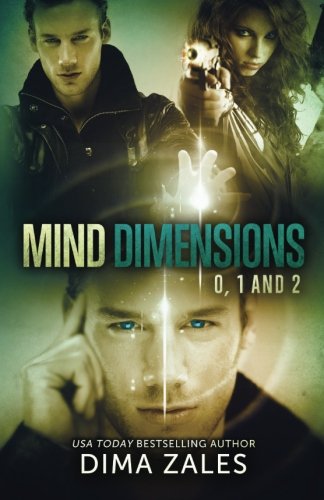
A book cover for Mind Dimensions Books 0, 1, & 2; Dima Zales; Science Fiction & Fantasy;